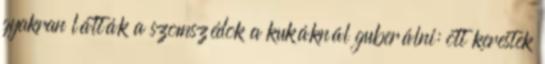
gyakran látták a szomszédok a kukáknál guberálni: ott kerestek